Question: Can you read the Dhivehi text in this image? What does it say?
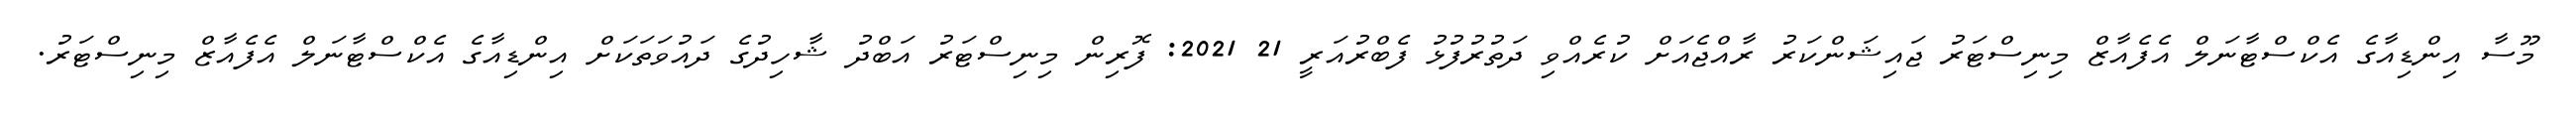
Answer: މޫސާ އިންޑިއާގެ އެކްސްޓާނަލް އެފެއާޒް މިނިސްޓަރު ޖައިޝަންކަރު ރާއްޖެއަށް ކުރެއްވި ދަތުރުފުޅު ފެބްރުއަރީ 21 2021: ފޮރިން މިނިސްޓަރު އަބްދު ޝާހިދުގެ ދައުވަތަކަށް އިންޑިއާގެ އެކްސްޓާނަލް އެފެއާޒް މިނިސްޓަރު.